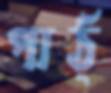
পাঠ্